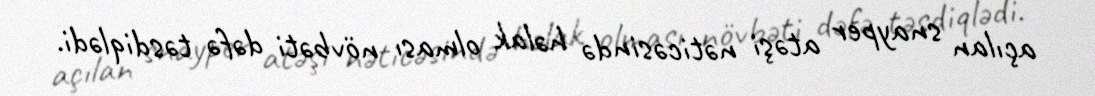
açılan snayper atəşi nəticəsində həlak olması növbəti dəfə təsdiqlədi.